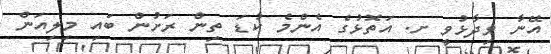
އޭނާ ވިދާޅުވީ ށ. އަތޮޅުގެ އެންމެ ކުޑަ ތިން ރަށުން ބައި މިލިއަން